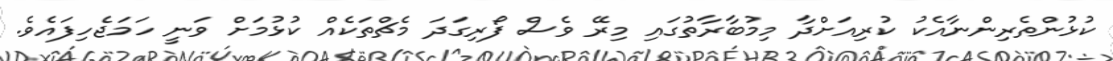
ކުޅުންތެރިންނާއެކު ކުރިއަށްދާ މިމުބާރާތުގައި މިރޭ ވެސް ފޯރިގަދަ މެޗްތަކެއް ކުޅުމަށް ވަނީ ހަމަޖެހިފައެވެ.